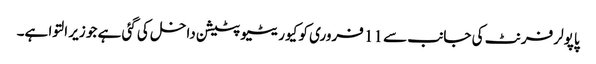
پاپولر فرنٹ کی جانب سے 11 فروری کو کیوریٹیو پٹیشن داخل کی گئی ہے جو زیر التوا ہے۔